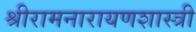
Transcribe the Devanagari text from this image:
श्रीरामनारायणशास्त्री